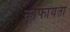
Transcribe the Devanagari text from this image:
काफायता